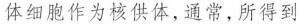
体细胞作为核供体，通常，所得到